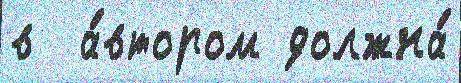
в  а́втором должна́